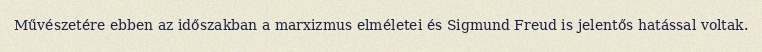
Művészetére ebben az időszakban a marxizmus elméletei és Sigmund Freud is jelentős hatással voltak.